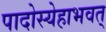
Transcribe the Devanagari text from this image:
पादोस्येहाभवत्